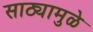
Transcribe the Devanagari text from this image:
साठ्यामुळे